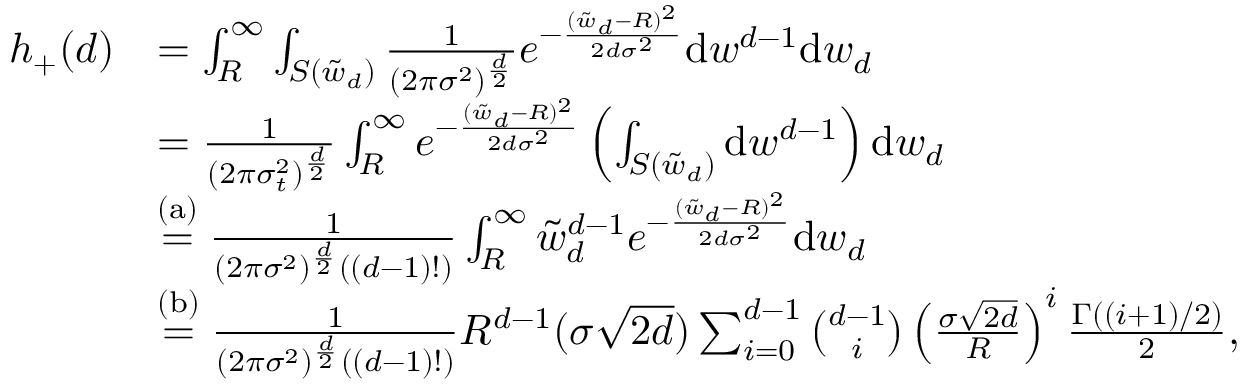
\begin{array} { r l } { h _ { + } ( d ) } & { = \int _ { R } ^ { \infty } \int _ { S ( \tilde { w } _ { d } ) } \frac { 1 } { ( 2 \pi \sigma ^ { 2 } ) ^ { \frac { d } { 2 } } } e ^ { - \frac { ( \tilde { w } _ { d } - R ) ^ { 2 } } { 2 d \sigma ^ { 2 } } } \mathrm { d } w ^ { d - 1 } \mathrm { d } w _ { d } } \\ & { = \frac { 1 } { ( 2 \pi \sigma _ { t } ^ { 2 } ) ^ { \frac { d } { 2 } } } \int _ { R } ^ { \infty } e ^ { - \frac { ( \tilde { w } _ { d } - R ) ^ { 2 } } { 2 d \sigma ^ { 2 } } } \left( \int _ { S ( \tilde { w } _ { d } ) } \mathrm { d } w ^ { d - 1 } \right) \mathrm { d } w _ { d } } \\ & { \stackrel { \mathrm { ( a ) } } = \frac { 1 } { ( 2 \pi \sigma ^ { 2 } ) ^ { \frac { d } { 2 } } ( ( d - 1 ) ! ) } \int _ { R } ^ { \infty } \tilde { w } _ { d } ^ { d - 1 } e ^ { - \frac { ( \tilde { w } _ { d } - R ) ^ { 2 } } { 2 d \sigma ^ { 2 } } } \mathrm { d } w _ { d } } \\ & { \stackrel { \mathrm { ( b ) } } = \frac { 1 } { ( 2 \pi \sigma ^ { 2 } ) ^ { \frac { d } { 2 } } ( ( d - 1 ) ! ) } R ^ { d - 1 } ( \sigma \sqrt { 2 d } ) \sum _ { i = 0 } ^ { d - 1 } { \binom { d - 1 } { i } } \left( \frac { \sigma \sqrt { 2 d } } { R } \right) ^ { i } \frac { \Gamma ( ( i + 1 ) / 2 ) } { 2 } , } \end{array}